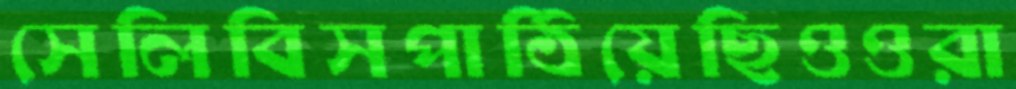
সেলিবিসপাঠিয়েছিওওরা